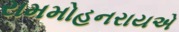
રામમોહનરાયએ